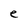
Character: e